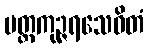
မတ္တကုဉ္ဇရသေဝိတံ